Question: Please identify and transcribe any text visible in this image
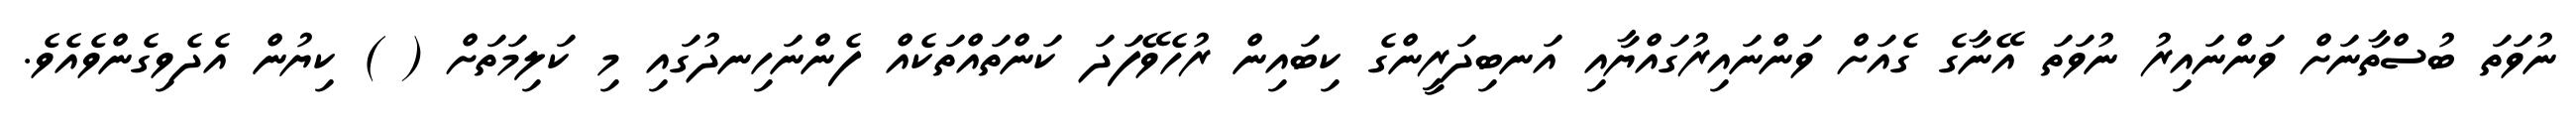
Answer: ނުވަތަ ބުސްތާނަށް ވަންނައިރު ނުވަތަ އޭނާގެ ގެއަށް ވަންނައިރުގައްޔާއި އަނބިދަރީންގެ ކިބައިން ރުހެވޭފަދަ ކަންތައްތަކެއް ފެންނަހިނދުގައި މި ކަލިމަތަށް ( ) ކިޔުން އެދެވިގެންވެއެވެ.